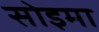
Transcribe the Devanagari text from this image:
सोइमा